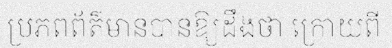
ប្រភពព័ត៌មានបានឱ្យដឹងថា ក្រោយពី